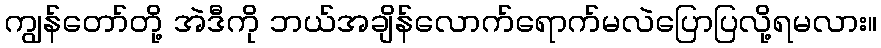
ကျွန်တော်တို့ အဲဒီကို ဘယ်အချိန်လောက်ရောက်မလဲပြောပြလို့ရမလား။